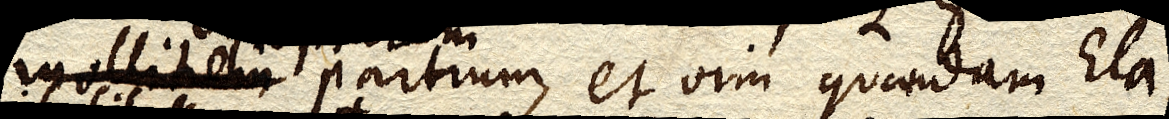
mollitiem partium, et vim quandam Ela–